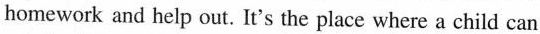
homework and help out. It's the place where a child can